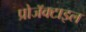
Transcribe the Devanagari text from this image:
प्रोजॅक्टाइल